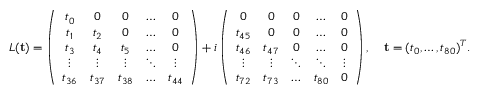
\begin{array} { r } { L ( { \mathbf t } ) = \left( \begin{array} { c c c c c c } { t _ { 0 } } & { 0 } & { 0 } & { \dots } & { 0 } \\ { t _ { 1 } } & { t _ { 2 } } & { 0 } & { \dots } & { 0 } \\ { t _ { 3 } } & { t _ { 4 } } & { t _ { 5 } } & { \dots } & { 0 } \\ { \vdots } & { \vdots } & { \vdots } & { \ddots } & { \vdots } \\ { t _ { 3 6 } } & { t _ { 3 7 } } & { t _ { 3 8 } } & { \dots } & { t _ { 4 4 } } \end{array} \right) + i \left( \begin{array} { c c c c c c c } { 0 } & { 0 } & { 0 } & { \dots } & { 0 } \\ { t _ { 4 5 } } & { 0 } & { 0 } & { \dots } & { 0 } \\ { t _ { 4 6 } } & { t _ { 4 7 } } & { 0 } & { \dots } & { 0 } \\ { \vdots } & { \vdots } & { \ddots } & { \ddots } & { \vdots } \\ { t _ { 7 2 } } & { t _ { 7 3 } } & { \dots } & { t _ { 8 0 } } & { 0 } \end{array} \right) , \quad { \mathbf t } = ( t _ { 0 } , \dots , t _ { 8 0 } ) ^ { T } . } \end{array}